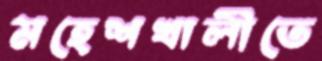
মহেশখালীতে